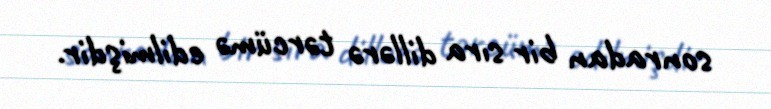
sonradan bir sıra dillərə tərcümə edilmişdir.